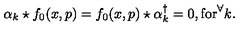
\alpha _ { k } \star f _ { 0 } ( x , p ) = f _ { 0 } ( x , p ) \star \alpha _ { k } ^ { \dagger } = 0 , \mathrm { f o r } ^ { \forall } k .